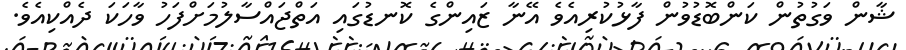
ޝާން ވަގުތުން ކަންބޮޑުވުން ފާޅުކުރިއެވެ އޭނާ ޒައިންގެ ކޮނޑުގައި އަތްޖައްސާލުމަށްފަހު ވާހަކަ ދެއްކިއެވެ.